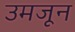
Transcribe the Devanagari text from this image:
उमजून